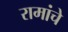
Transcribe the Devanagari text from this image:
रामांचे